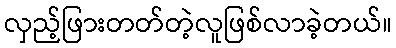
လှည့်ဖြားတတ်တဲ့လူဖြစ်လာခဲ့တယ်။